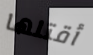
أقتلها